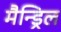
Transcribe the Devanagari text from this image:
मैन्ड्रिल